Source: Handwritten
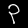
Digit: ၃ (3)